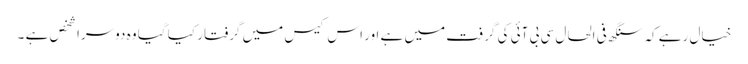
خیال رہے کہ سنگھ فی الحال سی بی آئی کی گرفت میں ہے اور اس کیس میں گرفتار کیا گیا وہ دوسرا شخص ہے ۔